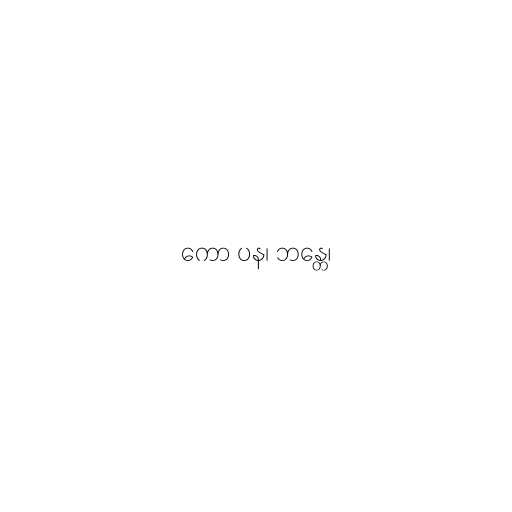
ကော ပန၊ ဘန္တေ၊